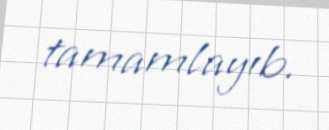
tamamlayıb.